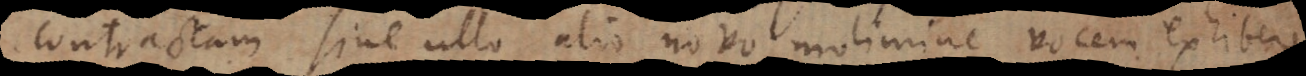
contractam sine ullo alio novo molimine vocem exhibere